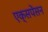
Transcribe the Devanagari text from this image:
एक्सपेंसन